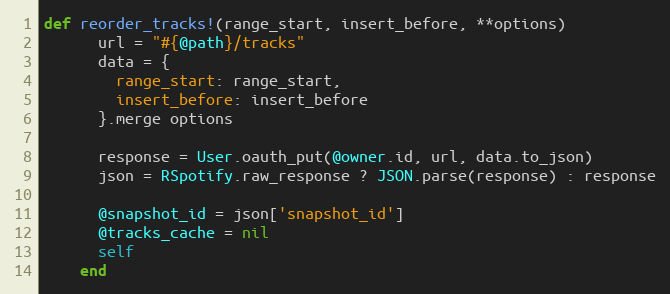
Language: Ruby
def reorder_tracks!(range_start, insert_before, **options)
      url = "#{@path}/tracks"
      data = {
        range_start: range_start,
        insert_before: insert_before
      }.merge options

      response = User.oauth_put(@owner.id, url, data.to_json)
      json = RSpotify.raw_response ? JSON.parse(response) : response

      @snapshot_id = json['snapshot_id']
      @tracks_cache = nil
      self
    end